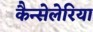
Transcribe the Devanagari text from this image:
कैन्सेलेरिया